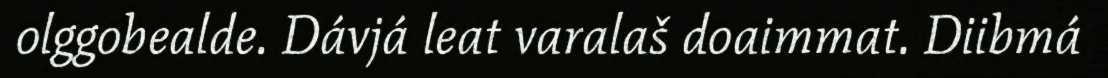
olggobealde. Dávjá leat varalaš doaimmat. Diibmá